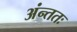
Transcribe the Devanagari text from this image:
अंन्ततः